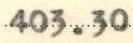
403.30